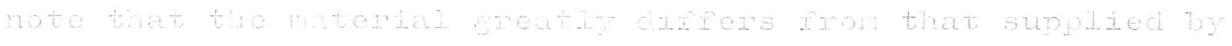
note that the material greatly differs from that supplied by